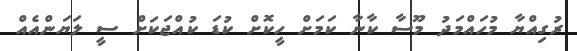
ރުގިއްޔާ މުހައްމަދު މޫސާ ކާނާ ކަމަށް ހީކޮށް ކުޑަ ކުއްޖަކަށް ސީ ލަޔަންއެއް